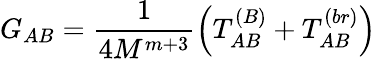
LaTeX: G_{AB}=\frac{1}{4M^{m+3}}\left(T_{AB}^{(B)}+T_{AB}^{(br)}\right)